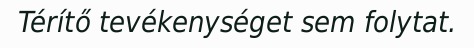
Térítő tevékenységet sem folytat.